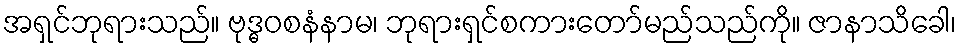
အရှင်ဘုရားသည်။ ဗုဒ္ဓဝစနံနာမ၊ ဘုရားရှင်စကားတော်မည်သည်ကို။ ဇာနာသိခေါ၊